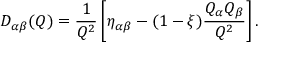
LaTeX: D _ { \alpha \beta } ( Q ) = \frac { 1 } { Q ^ { 2 } } \left[ \eta _ { \alpha \beta } - ( 1 - \xi ) \frac { Q _ { \alpha } Q _ { \beta } } { Q ^ { 2 } } \right] .